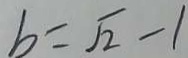
b = \sqrt { 2 } - 1